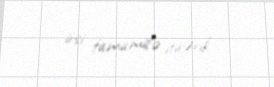
irsi tamamilə itirərik.